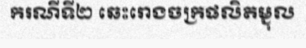
ករណីទី២ ឆេះរោងចក្រផលិតម្ជុល